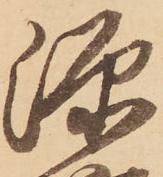
源